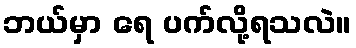
ဘယ်မှာ ရေ ပက်လို့ရသလဲ။